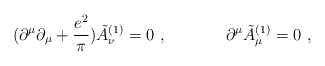
\begin{align*}( \partial^\mu \partial_\mu + {e^2 \over \pi } ) \tilde A_{\nu}^{(1)} = 0 ~, \hskip 1.5cm \partial^\mu \tilde A_{\mu}^{(1)} = 0 ~, \end{align*}